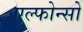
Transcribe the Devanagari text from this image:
एल्फोन्सो